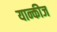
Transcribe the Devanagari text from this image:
यान्कीज